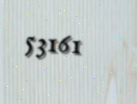
53161